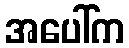
အပေါ်က